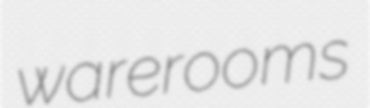
warerooms